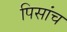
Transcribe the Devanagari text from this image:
पिसांच